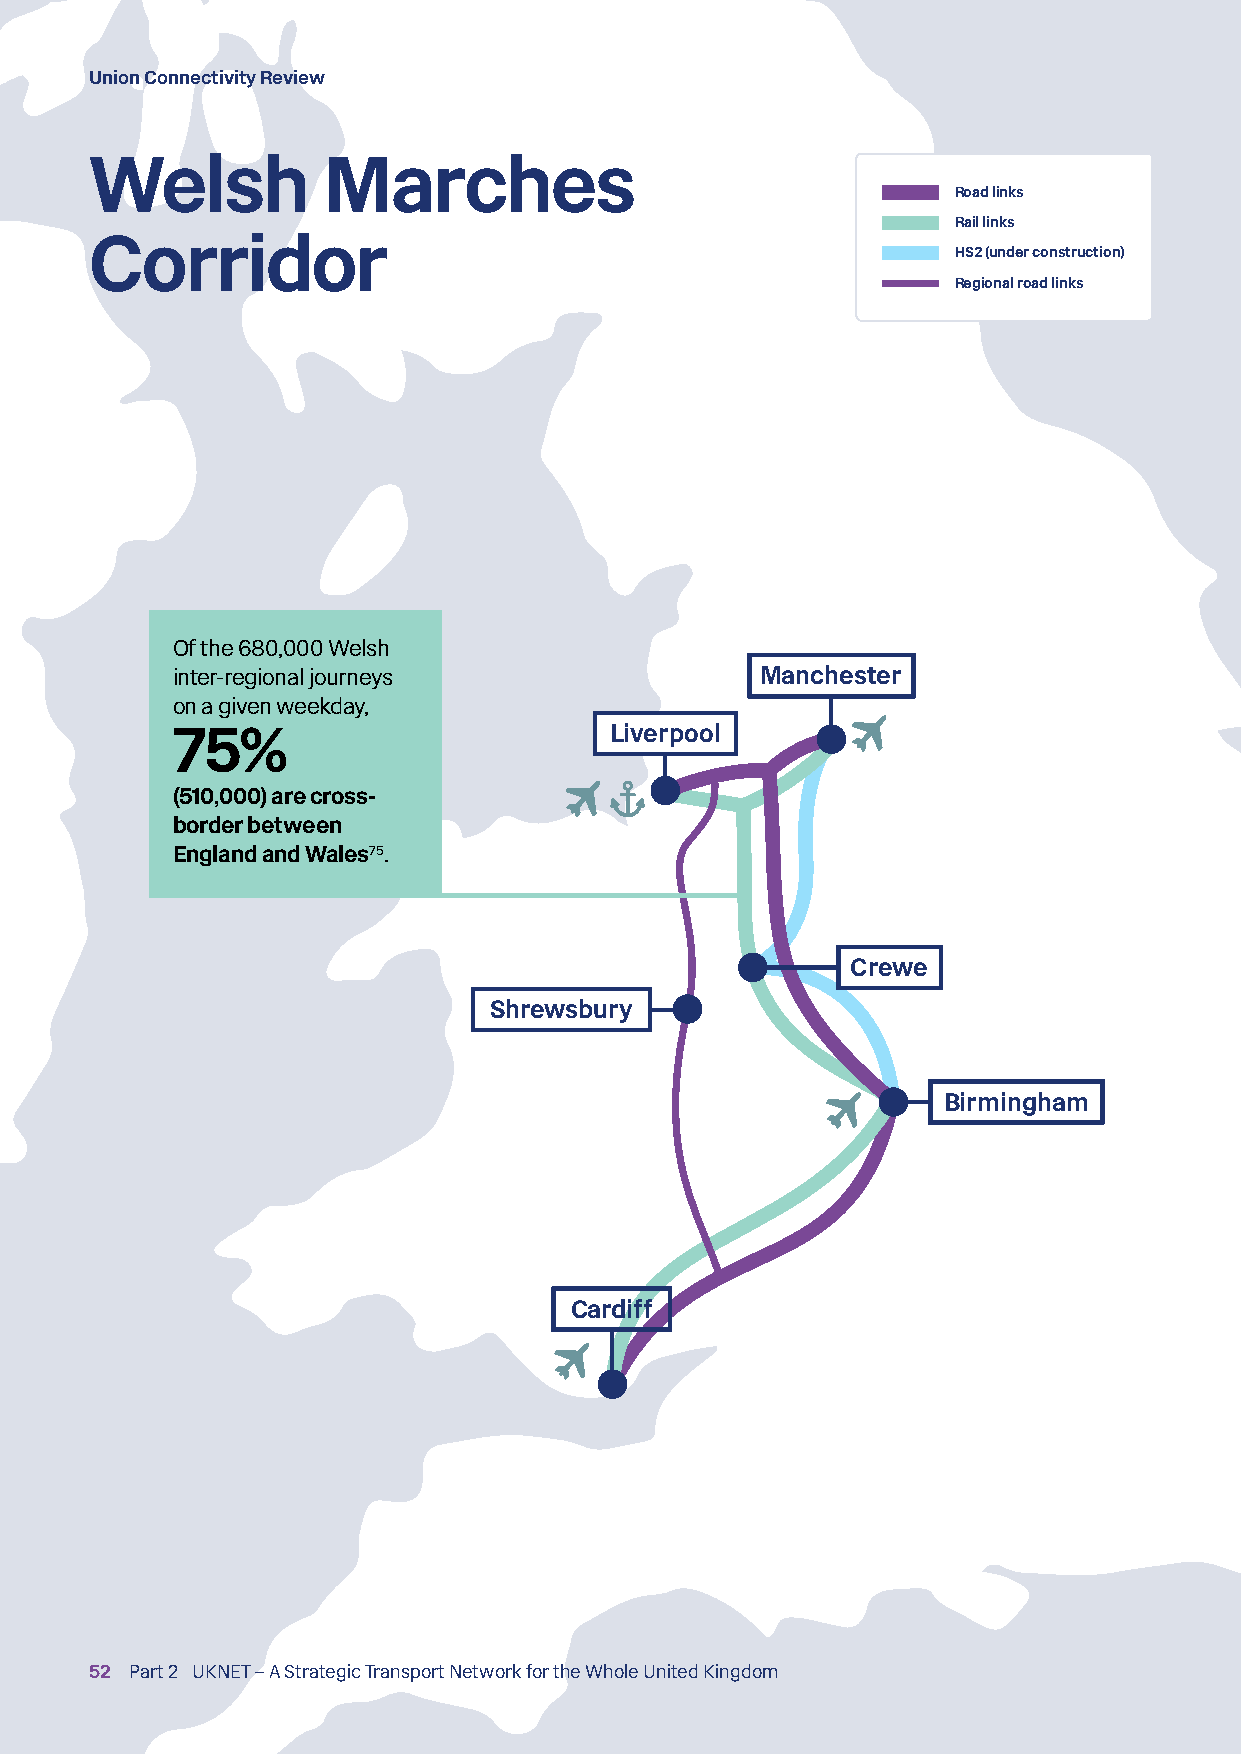
Union Connectivity Review
 Welsh          Marches
 Road links
 Rail links
 Corridor
 HS2 (under construction)
 Regional road links
 Of the 680,000 Welsh
 inter-regional journeys                Manchester
 on a given weekday,
 75%                          Liverpool
 (510,000) are cross-
 border between
 England and Wales75 .
 Crewe
 Shrewsbury
 Birmingham
 Cardiff
 52 Part 2 UKNET – A Strategic Transport Network for the Whole United Kingdom